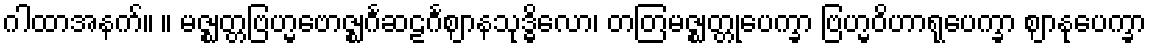
ဂါထာအနက်။ ။ မဇ္ဈတ္တဗြဟ္မဗောဇ္ဈင်္ဂဆဠင်္ဂဈာနသုဒ္ဓိလော၊ တတြမဇ္ဈတ္တုပေက္ခာ ဗြဟ္မဝိဟာရုပေက္ခာ ဈာနုပေက္ခာ